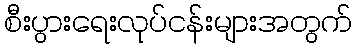
စီးပွားရေးလုပ်ငန်းများအတွက်